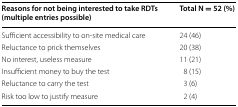
<table><thead><tr><td><b>Reasons for not being interested to take RDTs (multiple entries possible)</b></td><td><b>Total N = 52 (%)</b></td></tr></thead><tbody><tr><td>Sufficient accessibility to on-site medical care</td><td>24 (46)</td></tr><tr><td>Reluctance to prick themselves</td><td>20 (38)</td></tr><tr><td>No interest, useless measure</td><td>11 (21)</td></tr><tr><td>Insufficient money to buy the test</td><td>8 (15)</td></tr><tr><td>Reluctance to carry the test</td><td>3 (6)</td></tr><tr><td>Risk too low to justify measure</td><td>2 (4)</td></tr></tbody></table>